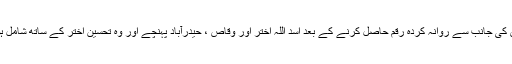
دھماکو اشیاء اور حوالہ کے ذریعہ ریاض کی جانب سے روانہ کردہ رقم حاصل کرنے کے بعد اسد اللہ اختر اور وقاص ، حیدرآباد پہنچے اور وہ تحسین اختر کے ساتھ شامل ہوگئے جو یہاں پہلے سے ہی چھپا ہوا تھا۔